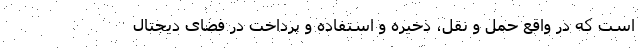
است که در واقع حمل و نقل، ذخیره و استفاده و پرداخت در فضای دیجتال